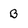
Character: B